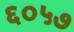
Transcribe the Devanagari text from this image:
६०५७